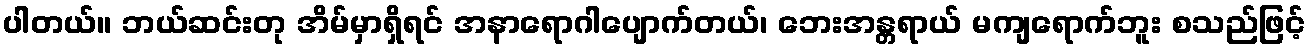
ပါတယ်။ ဘယ်ဆင်းတု အိမ်မှာရှိရင် အနာရောဂါပျောက်တယ်၊ ဘေးအန္တရာယ် မကျရောက်ဘူး စသည်ဖြင့်